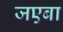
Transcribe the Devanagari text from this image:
जएबा